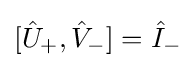
[{\hat {U}}_{+},{\hat {V}}_{-}]={\hat {I}}_{-}